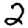
Digit: 2